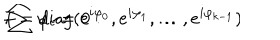
f = \mathrm { d i a g } ( e ^ { i \varphi _ { 0 } } , e ^ { i \varphi _ { 1 } } , \ldots , e ^ { i \varphi _ { k - 1 } } ) \hspace { 0 . 2 c m } ; \hspace { 0 . 2 c m } \sum \varphi _ { i } = 0 \, \, .